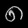
Digit: ၈